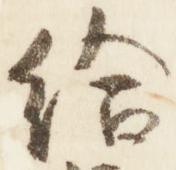
給